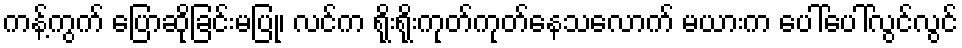
ကန့်ကွက် ပြောဆိုခြင်းမပြု၊ လင်က ရိုးရိုးကုတ်ကုတ်နေသလောက် မယားက ပေါ်ပေါ်လွင်လွင်